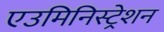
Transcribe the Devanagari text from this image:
एउमिनिस्ट्रेशन